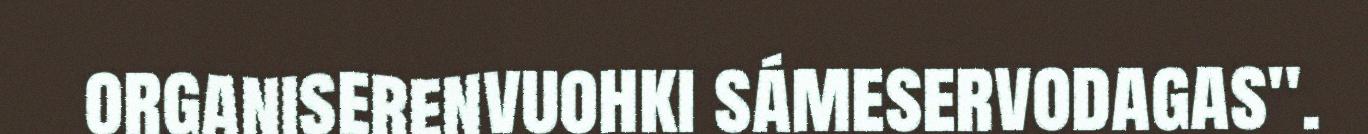
organiserenvuohki sámeservodagas".